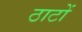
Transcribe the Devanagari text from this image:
ठाटों